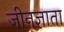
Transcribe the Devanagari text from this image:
जीनज्ञाता